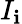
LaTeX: I_{\mathbf{i}}